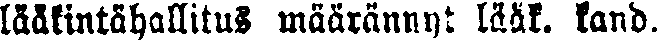
lääkintöhallitus määrännyt lääk. kand.